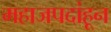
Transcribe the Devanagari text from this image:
महाजपदांहून